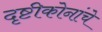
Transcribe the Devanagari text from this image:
दृष्टीकोनांचे